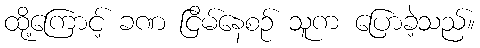
ထို့ကြောင့် ခဏ ငြိမ်နေစဉ် သူက ပြောခဲ့သည်။